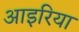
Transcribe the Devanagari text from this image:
आइरिया